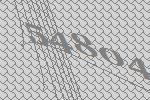
54804